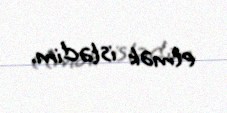
etmək istədim.